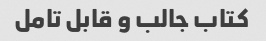
کتاب جالب و قابل تامل